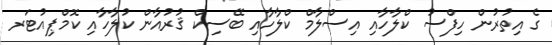
ގެ އިތުރުން ހިފްސު ކްލާހާއި އިސްލާމް ކްލާހާއި ބޭސިކް ޤުރުއާން ކުލާހާއި ކޮމްޕިއުޓަރ